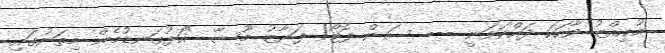
މުއިއްޒު ވާހަކަ ދައްކަވަނީ --- ސަން ފޮޓޯ/ ފަޔާޒު މޫސާ "އަޅުގަނޑުމެން މިތަނުގައި